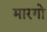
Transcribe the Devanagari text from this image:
मारगो